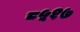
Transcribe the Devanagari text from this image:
८५१७